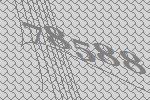
78588